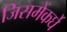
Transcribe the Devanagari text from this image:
जिसमेंकर्घे